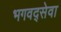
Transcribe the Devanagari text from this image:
भगवद्सेवा